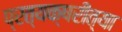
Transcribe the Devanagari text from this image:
प्रत्यक्षरीत्या